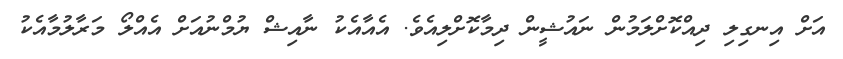
އަށް އިނގިލި ދިއްކޮށްލަމުން ނައުޝީން ދިމާކޮށްލިއެވެ. އެއާއެކު ނާއިޝް ޔުމްނުއަށް އެއްލޯ މަރާލުމާއެކު